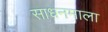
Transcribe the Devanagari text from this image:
साधनमाला